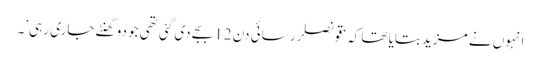
انہوں نے مزید بتایا تھا کہ ‘قونصلر رسائی دن 12 بجے دی گئی تھی جو دو گھنٹے جاری رہی’۔